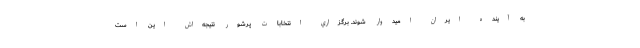
به آينده ايران اميدوار شوند. برگزاري انتخابات پرشور نتيجه‌اش اين است